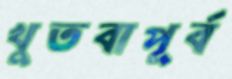
খুতবাপূর্ব